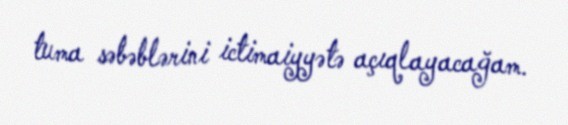
tuma səbəblərini ictimaiyyətə açıqlayacağam.